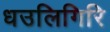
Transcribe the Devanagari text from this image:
धउलिगिरि